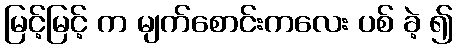
မြင့်မြင့် က မျက်စောင်းကလေး ပစ် ခဲ့ ၍